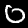
Label: 0